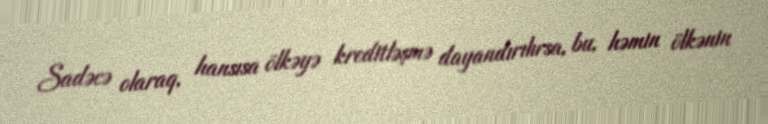
Sadəcə olaraq, hansısa ölkəyə kreditləşmə dayandırılırsa, bu, həmin ölkənin